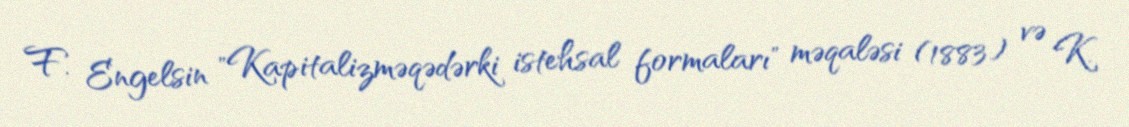
F. Engelsin "Kapitalizməqədərki istehsal formaları" məqaləsi (1883) və K.